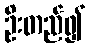
ဦးတည်၍